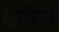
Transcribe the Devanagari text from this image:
टाॅवर्स